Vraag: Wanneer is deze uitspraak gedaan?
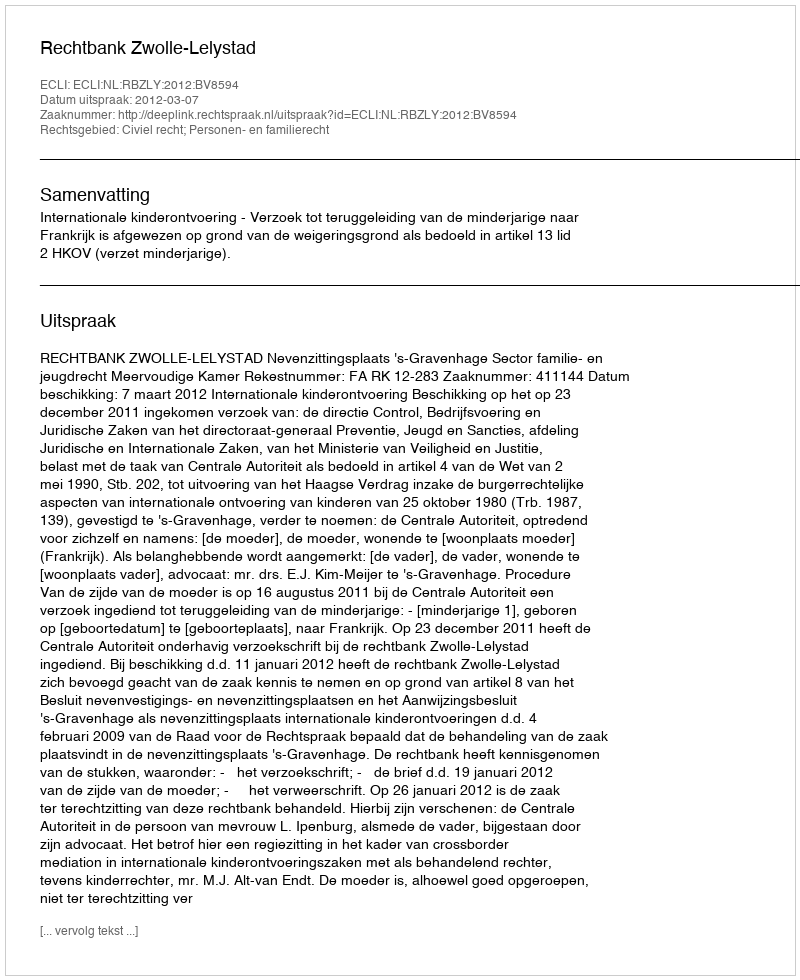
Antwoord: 2012-03-07